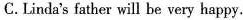
C.Linda's father will be very happy.